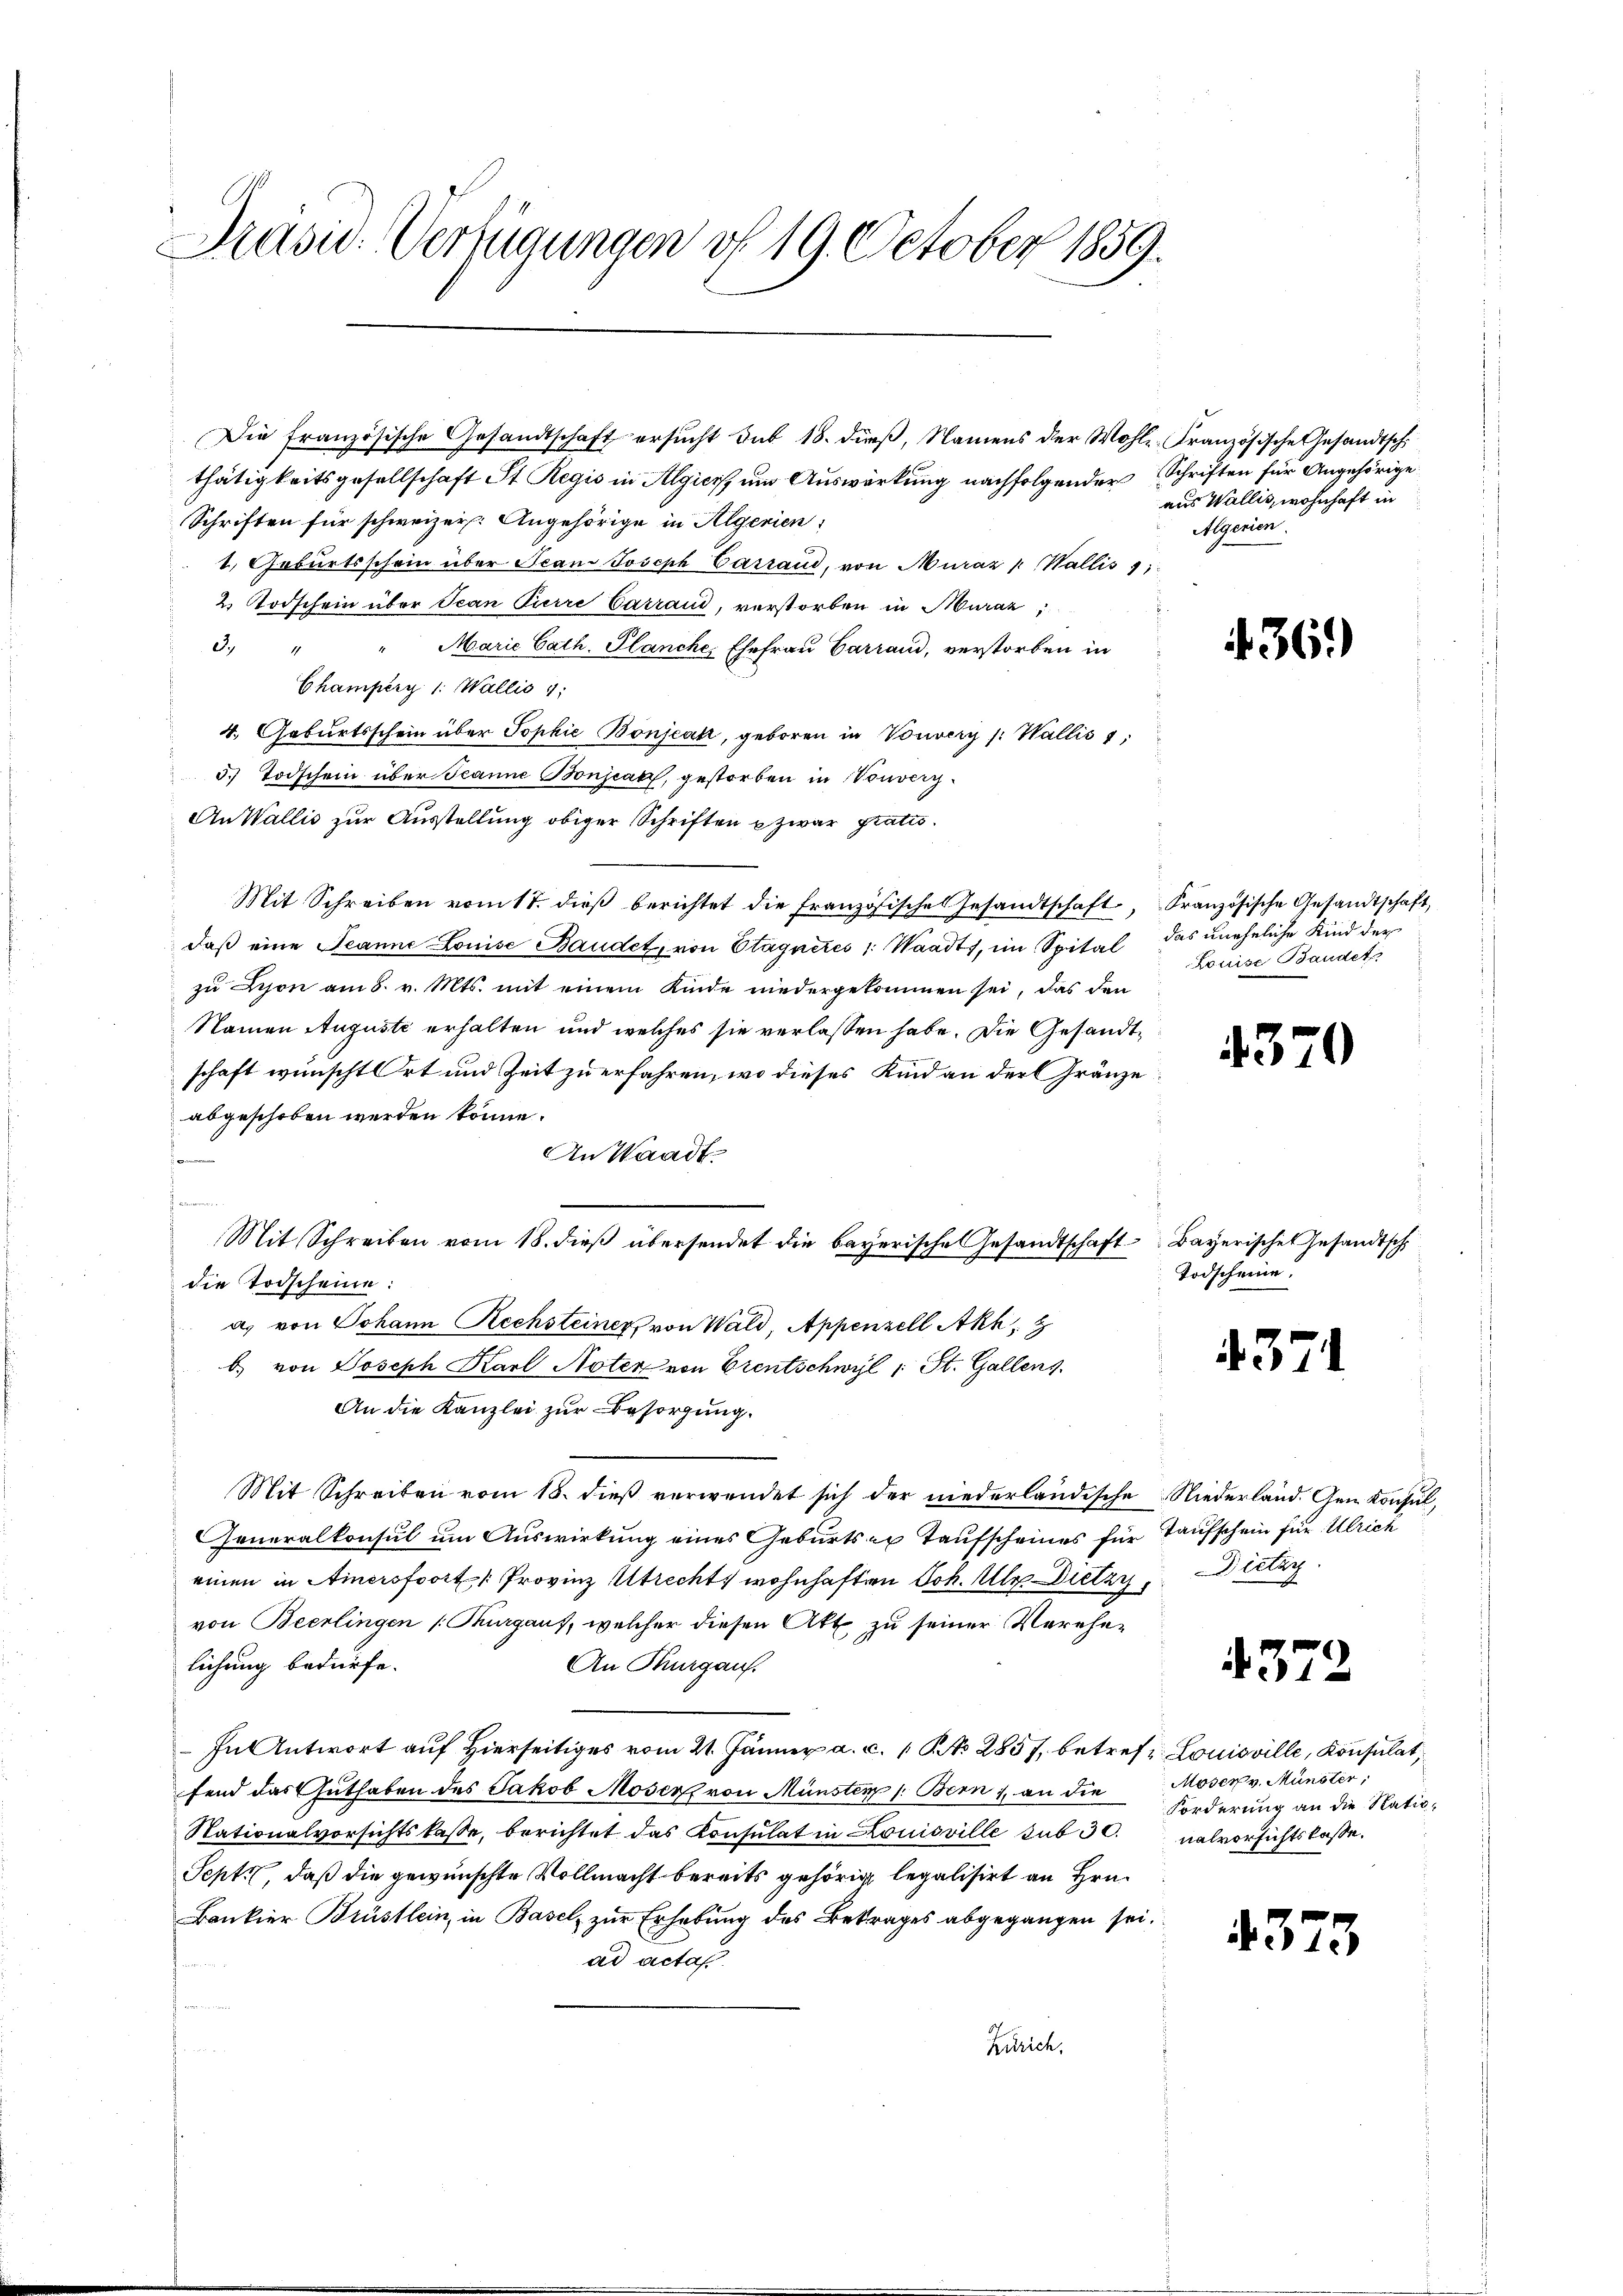
Prasw. Verfügungen vf 19. October 1859.

thätigkeitsgesellschaft St. Regis in Algici, um Auswirkung nachfolgender Schriften für Angehörige
Schriften für schweizer. Angehörige in Algerien
1. Geburtsschein über Scan-Joseph Cassau, von Muráz " Wallis
2. Todschein über Jean Parre Carrand, verstorben in Muraz;
3. " " Marie Cath. Planche, Ehefrau Carrand, verstorben in
Champery 1: Wallis 4;
4. Geburtsschein über Sophie Bonjeak, geboren in Vorvery /: Wallis 1
5. Todschein über Jeanne Bonjeal, gestorben in Vouvery¬
An Wallis zur Ausstellung obiger Schriften u zwar gratis.
Mit Schreiben vom 17. dieβ berichtet die französisches Gesandtschaft, Französische Gesandtschaft,
daβ eine Jeanne Louise Baudet, von Etagnités /: Waadt, im Spital das uneheliche Kind der
zu Lyon am 8. v. Mts. mit einem Kinde niedergekommen sei, das den
Namen Auguste erhalten und welches sie verlassen habe. Die Gesandtschaft wünscht Ort und Zeit zu erfahren, wo dieses Kind an der Gränze
abgeschoben werden könne.
An Waadt
die Todscheine:
a. von Johann Rechsteiner von Wald, Appenzell Akk
b) von Joseph Karl Noter von Grentschwyl 1 St. Gallens.
An die Kanzlei zur Besorgung.
Mit Schreiben vom 18. dieß verwendet sich der niederländische Niederland. Gem. Konsul,
Generalkonsul um Auswirkung eines Geburts er Taufscheines für Taufschein für Ulrich
einen in Ainersfoort: Provinz Utrechts wohnhaften Joh. Al. Dietzy, Dietig
von Beerlingen (Thurgaus, welcher diesen Akt zu seiner Verehelichung bedürfe.
An Thurgau.
In Antwort auf Hierseitiges vom 21. Jänner a. c. 1 No 2857, betreff Louisville, Konsulat,
fend das Guthaben des Jakob Moser von Münster /: Bern, an die
Stationalvorsichtskasse, berichtet das Consulat in Louisville sub 30. ualvorsichtslasse.
Sept., daß die gewünschte Vollmacht bereits gehörig legalisirt an Hrn.
Bankier Brüstlein, in Basel, zur Erhebung des Betrages abgegangen sei.
ad acta.
Zürich.

Die französische Gesandtschaft ersucht sub 18. dieß, Namens der Wohl-Französische Gesandtsch

Mit Schreiben vom 18. dieß übersendet die bayerische Gesandtschaft Bayerisches Gesandtsch

aus Wallis, wohnhaft in
Algerien.

436.)

Louise Baudet.

4370

Todscheine.

4371

4372

373

Moser v. Münster,
Forderung an die Natio¬